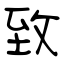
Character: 致